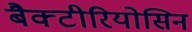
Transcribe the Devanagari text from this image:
बैक्टीरियोसिन